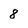
Character: 8